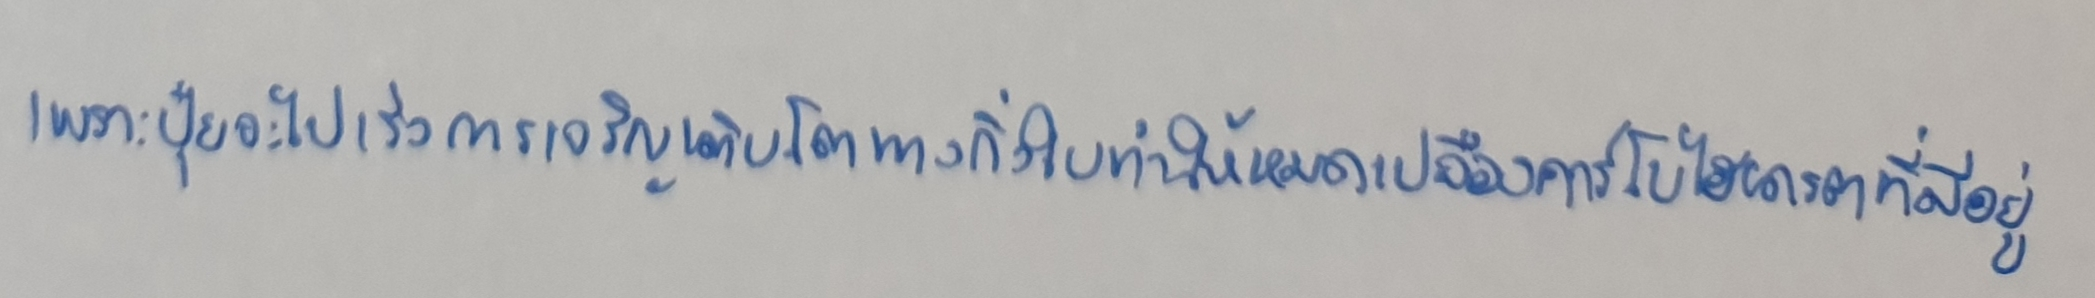
เพราะปุ๋ยจะไปเร่งการเจริญเติบโตทางกิ่งใบทำให้หมดเปลืองคาร์โบไฮเดรตที่มีอยู่